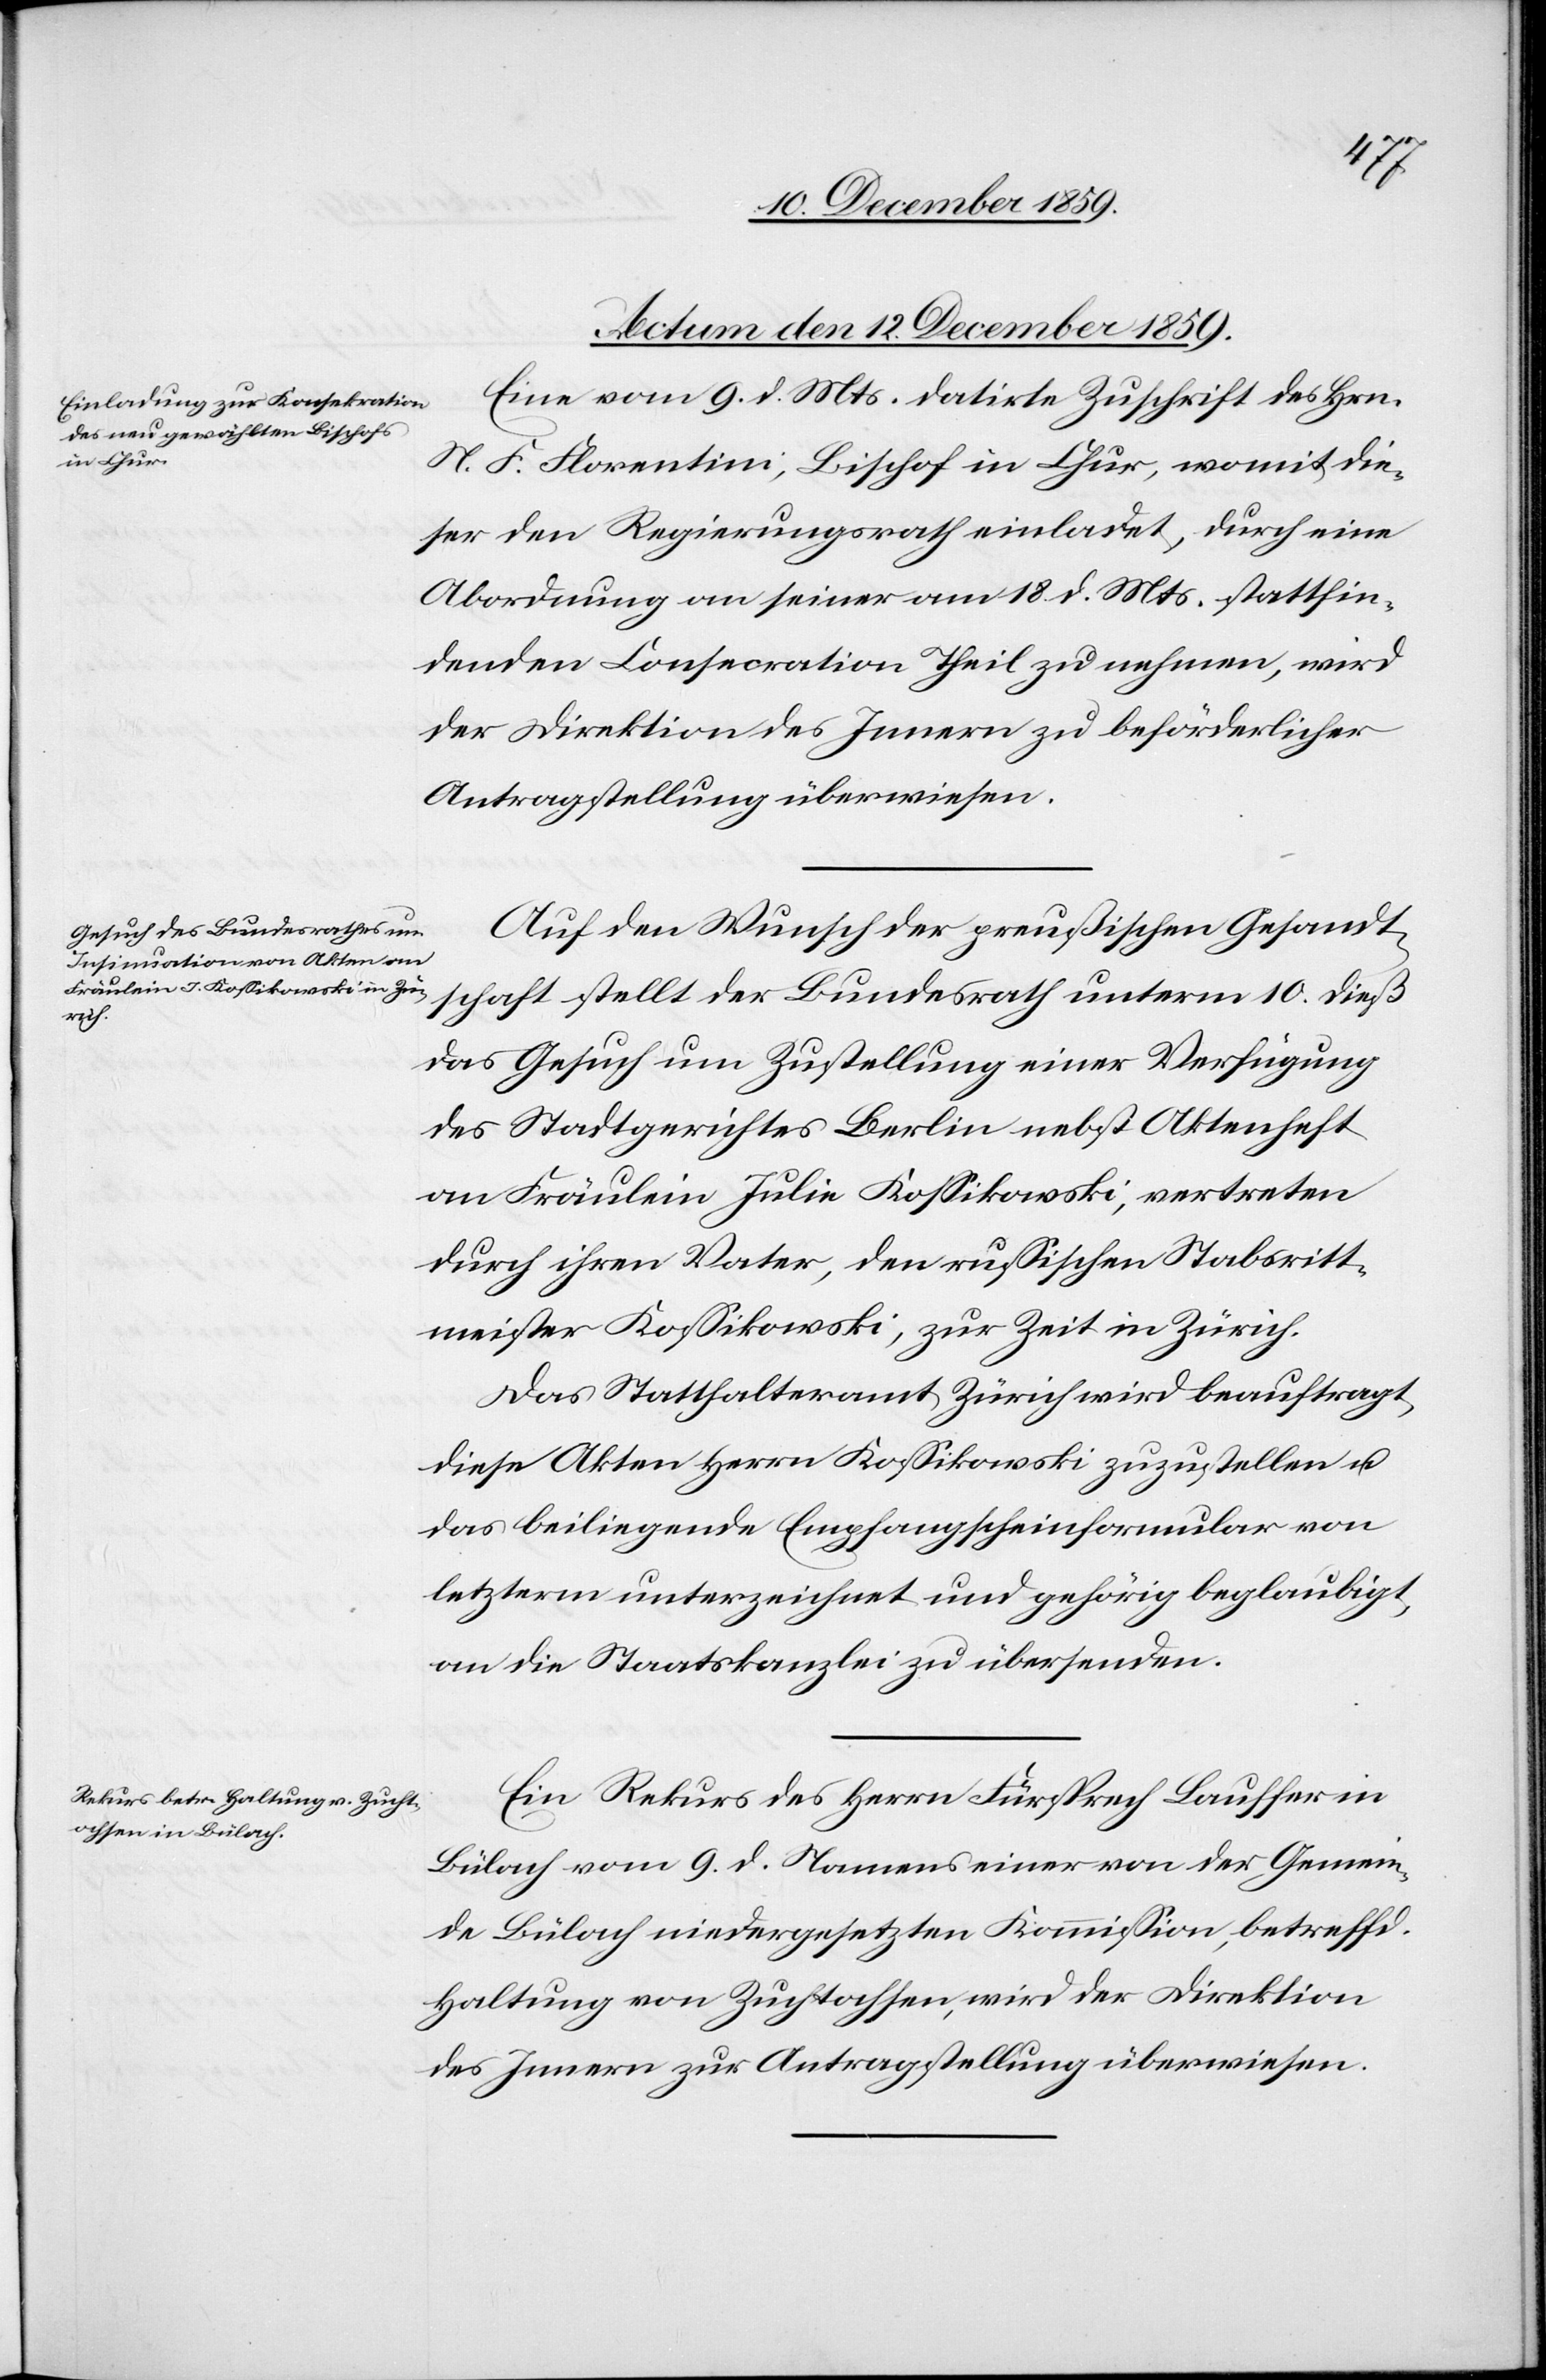
10.
Actum den 12. December 1859.]
Eine vom 9. d. Mts. datirte Zuschrift des Hrn.
N. F. Florentini, Bischof in Chur, womit die¬
ser den Regierungsrath einladet, durch eine
Abordnung an seiner am 18. d. Mts. stattfin¬
denden Consecration Theil zu nehmen, wird
der Direktion des Innern zu beförderlicher
Antragstellung überwiesen.
Auf den Wunsch der preußischen Gesandt¬
das Gesuch um Zustellung einer Verfügung
des Stadtgerichtes Berlin nebst Aktenheft
an Fräulein Julie Kossikowski, vertreten
durch ihren Vater, den russischen Stabsritt¬
meister Kossikowski, zur Zeit in Zürich.
Das Statthalteramt Zürich wird beauftragt,
diese Akten Herrn Kossikowski zuzustellen u.
das beiliegende Empfangscheinformular von
letzterm unterzeichnet und gehörig beglaubigt,
an die Staatskanzlei zu übersenden.
Ein Rekurs des Herrn Fürsprech Lauffer in
Bülach vom 9. d. Namens einer von der Gemein¬
de Bülach niedergesetzten Kommission, betreffd.
Haltung von Zuchtochsen, wird der Direktion
des Innern zur Antragstellung überwiesen.